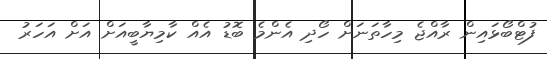
ފުޓްބޯޅައިން ރާއްޖެ މިހާތަނަށް ހޯދި އެންމެ ބޮޑު އެއް ކާމިޔާބީއަށް އަށް އަހަރު